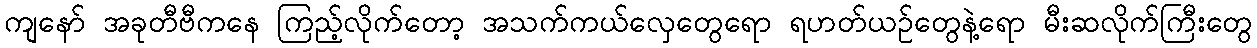
ကျနော် အခုတီဗီကနေ ကြည့်လိုက်တော့ အသက်ကယ်လှေတွေရော ရဟတ်ယဉ်တွေနဲ့ရော မီးဆလိုက်ကြီးတွေ